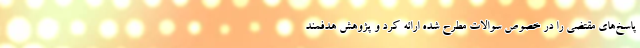
پاسخ‌های مقتضی را در خصوص سوالات مطرح شده ارائه کرد و پژوهش هدفمند